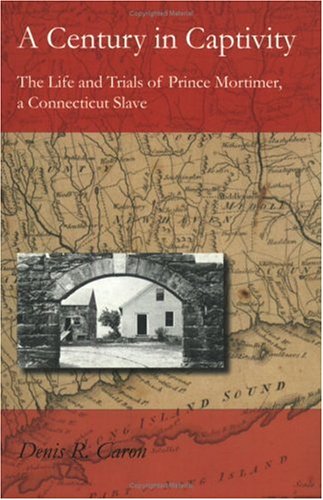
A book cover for A Century in Captivity: The Life and Trials of Prince Mortimer, a Connecticut Slave (Revisiting New England); Denis R. Caron; Biographies & Memoirs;